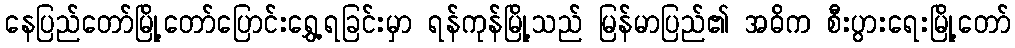
နေပြည်တော်မြို့တော်ပြောင်းရွှေ့ရခြင်းမှာ ရန်ကုန်မြို့သည် မြန်မာပြည်၏ အဓိက စီးပွားရေးမြို့တော်